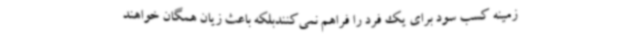
زمینه کسب سود برای یک فرد را فراهم نمی‌کنندبلکه باعث زیان همگان خواهند